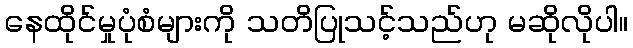
နေထိုင်မှုပုံစံများကို သတိပြုသင့်သည်ဟု မဆိုလိုပါ။